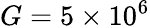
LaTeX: G=5\times 10^{6}